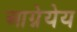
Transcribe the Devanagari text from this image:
आग्नेयेय